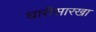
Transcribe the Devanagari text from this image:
घारीसारखा